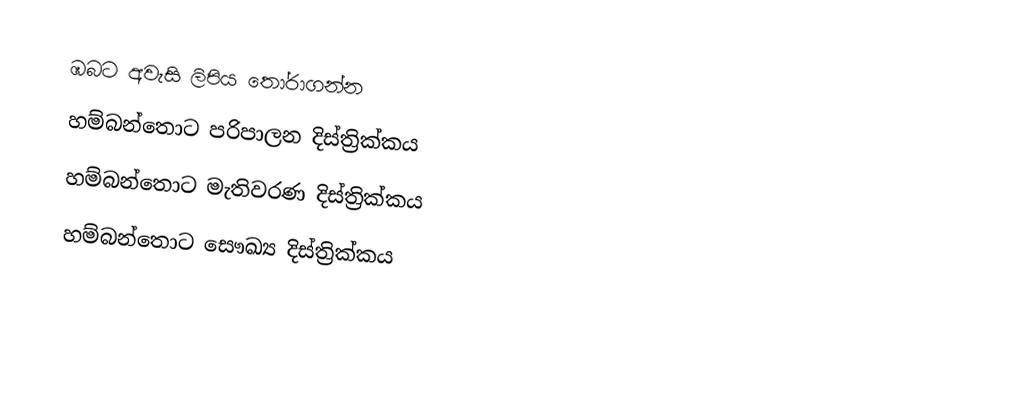
ඹබට අවැසි ලිපිය තෝරාගන්න
 හම්බන්තොට පරිපාලන දිස්ත්‍රික්කය
 හම්බන්තොට මැතිවරණ දිස්ත්‍රික්කය
 හම්බන්තොට සෞඛ්‍ය දිස්ත්‍රික්කය